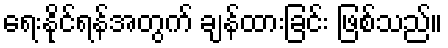
ရေးနိုင်ရန်အတွက် ချန်ထားခြင်း ဖြစ်သည်။